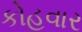
કોહવાર